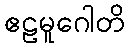
ဧဠမူဂေါတိ